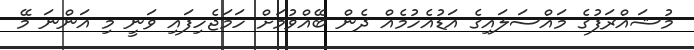
މުޝައްރަފުގެ މައްސަލައިގެ އަޑުއެހުމެއް ދެން ބޭއްވުމަށް ހަމަޖެހިފައި ވަނީ މި އަންނަ މޭ